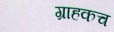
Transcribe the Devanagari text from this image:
ग्राहकच